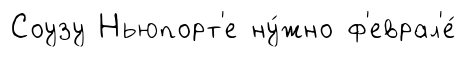
Соузу Ньюпорт'е ну́жно ф'еврал'е́